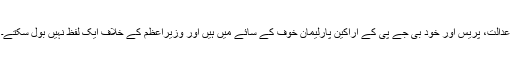
عدالت، پریس اور خود بی جے پی کے اراکین پارلیمان خوف کے سائے میں ہیں اور وزیراعظم کے خلاف ایک لفظ نہیں بول سکتے۔